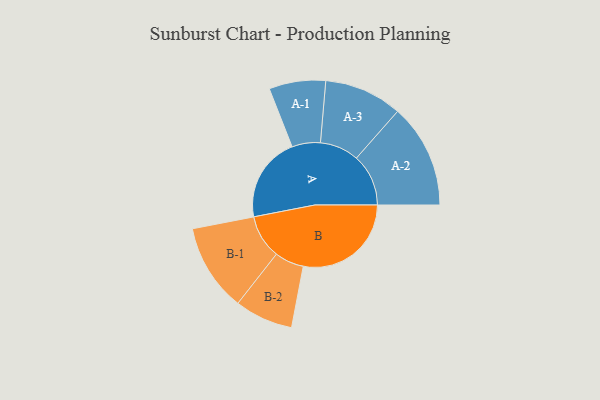
{"axis": {"x": "Segment", "y": "Value"}, "legend": ["", "A", "B"], "data": [{"x": "A", "y": 373, "type": ""}, {"x": "B", "y": 473, "type": ""}, {"x": "A-1", "y": 124, "type": "A"}, {"x": "A-2", "y": 228, "type": "A"}, {"x": "A-3", "y": 171, "type": "A"}, {"x": "B-1", "y": 192, "type": "B"}, {"x": "B-2", "y": 128, "type": "B"}]}